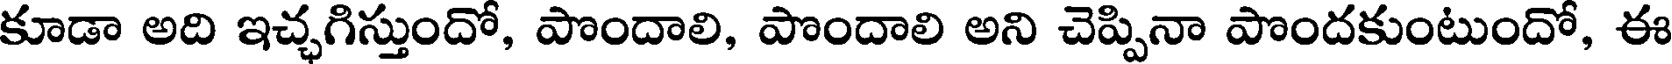
కూడా అది ఇచ్చగిస్తుందో, పొందాలి, పొందాలి అని చెప్పినా పొందకుంటుందో, ఈ